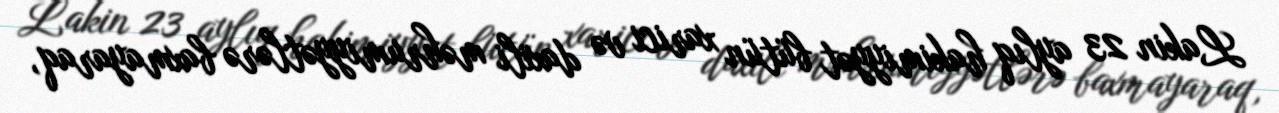
Lakin 23 aylıq hakimiyyət bütün xarici və daxili məhrumiyyətlərə baxmayaraq,